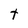
Character: t